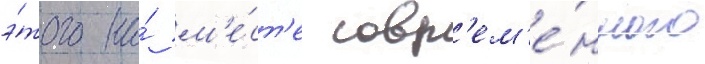
э́того на́ м'е́ст'е совр'ем'е́нного